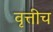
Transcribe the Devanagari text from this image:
वृत्तीच